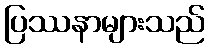
ပြဿနာများသည်